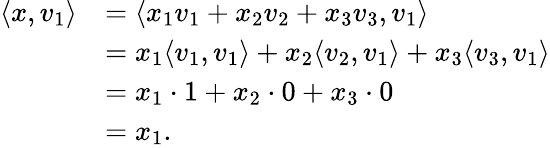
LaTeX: \begin{array}{rl}{\langle x,v_{1}\rangle}&{=\langle x_{1}v_{1}+x_{2}v_{2}+x_{3}v_{3},v_{1}\rangle}\\ &{=x_{1}\langle v_{1},v_{1}\rangle+x_{2}\langle v_{2},v_{1}\rangle+x_{3}\langle v_{3},v_{1}\rangle}\\ &{=x_{1}\cdot 1+x_{2}\cdot 0+x_{3}\cdot 0}\\ &{=x_{1}.}\end{array}